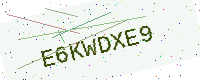
Text: E6KWDXE9